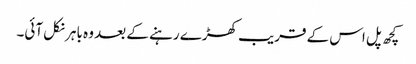
کچھ پل اس کے قریب کھڑے رہنے کے بعد وہ باہر نکل آئی۔